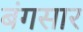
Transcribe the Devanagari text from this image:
बंगसार